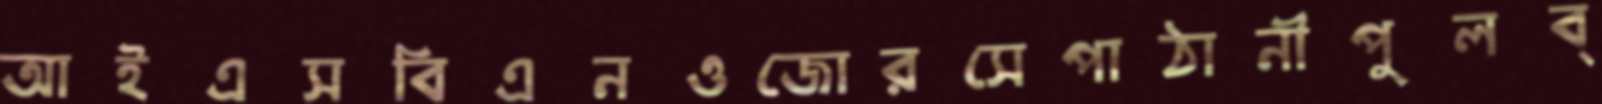
আইএসবিএনওজোরসেপাঠানীপুলব্